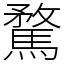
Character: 騖